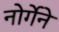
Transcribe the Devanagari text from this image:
नोर्गेने